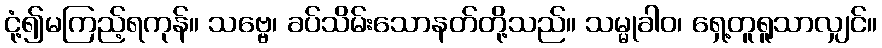
ငုံ့၍မကြည့်ရကုန်။ သဗ္ဗေ၊ ခပ်သိမ်းသောနတ်တို့သည်။ သမ္မုခါဝ၊ ရှေ့တူရူသာလျှင်။